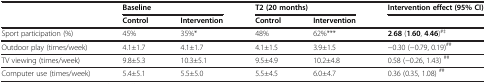
|  | <COLSPAN=2> Baseline | <COLSPAN=2> T2 (20 months) | Intervention effect (95% CI) |
 |  | Control | Intervention | Control | Intervention |  |
 | --- | --- | --- | --- | --- | --- |
 | Sport participation (%) | 45% | 35%* | 48% | 62%*** | 2.68 (1.60, 4.46)#‡ |
 | Outdoor play (times/week) | 4.1±1.7 | 4.1±1.7 | 4.1±1.5 | 3.9±1.5 | −0.30 (−0.79, 0.19)## |
 | TV viewing (times/week) | 9.8±5.3 | 10.3±5.1 | 9.5±4.9 | 10.2±4.8 | 0.58 (−0.26, 1.43) ## |
 | Computer use (times/week) | 5.4±5.1 | 5.5±5.0 | 5.5±4.5 | 6.0±4.7 | 0.36 (0.35, 1.08) ## |